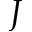
J